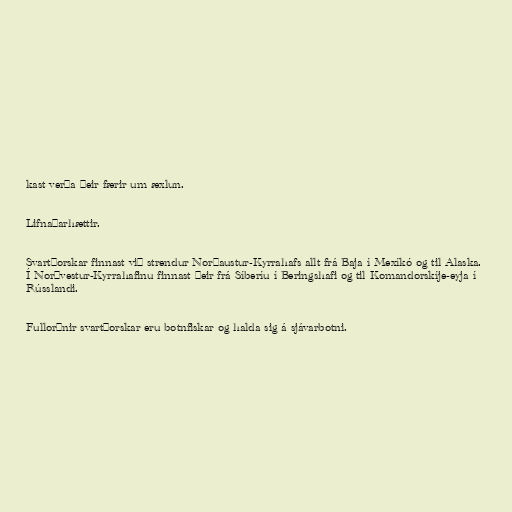
kast verða þeir færir um æxlun.

Lifnaðarhættir.

Svartþorskar finnast við strendur Norðaustur-Kyrrahafs allt frá Baja í Mexíkó og til Alaska.
Í Norðvestur-Kyrrahafinu finnast þeir frá Síberíu í Beringshafi og til Komandorskíje-eyja í
Rússlandi.

Fullorðnir svartþorskar eru botnfiskar og halda sig á sjávarbotni.